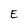
Character: E